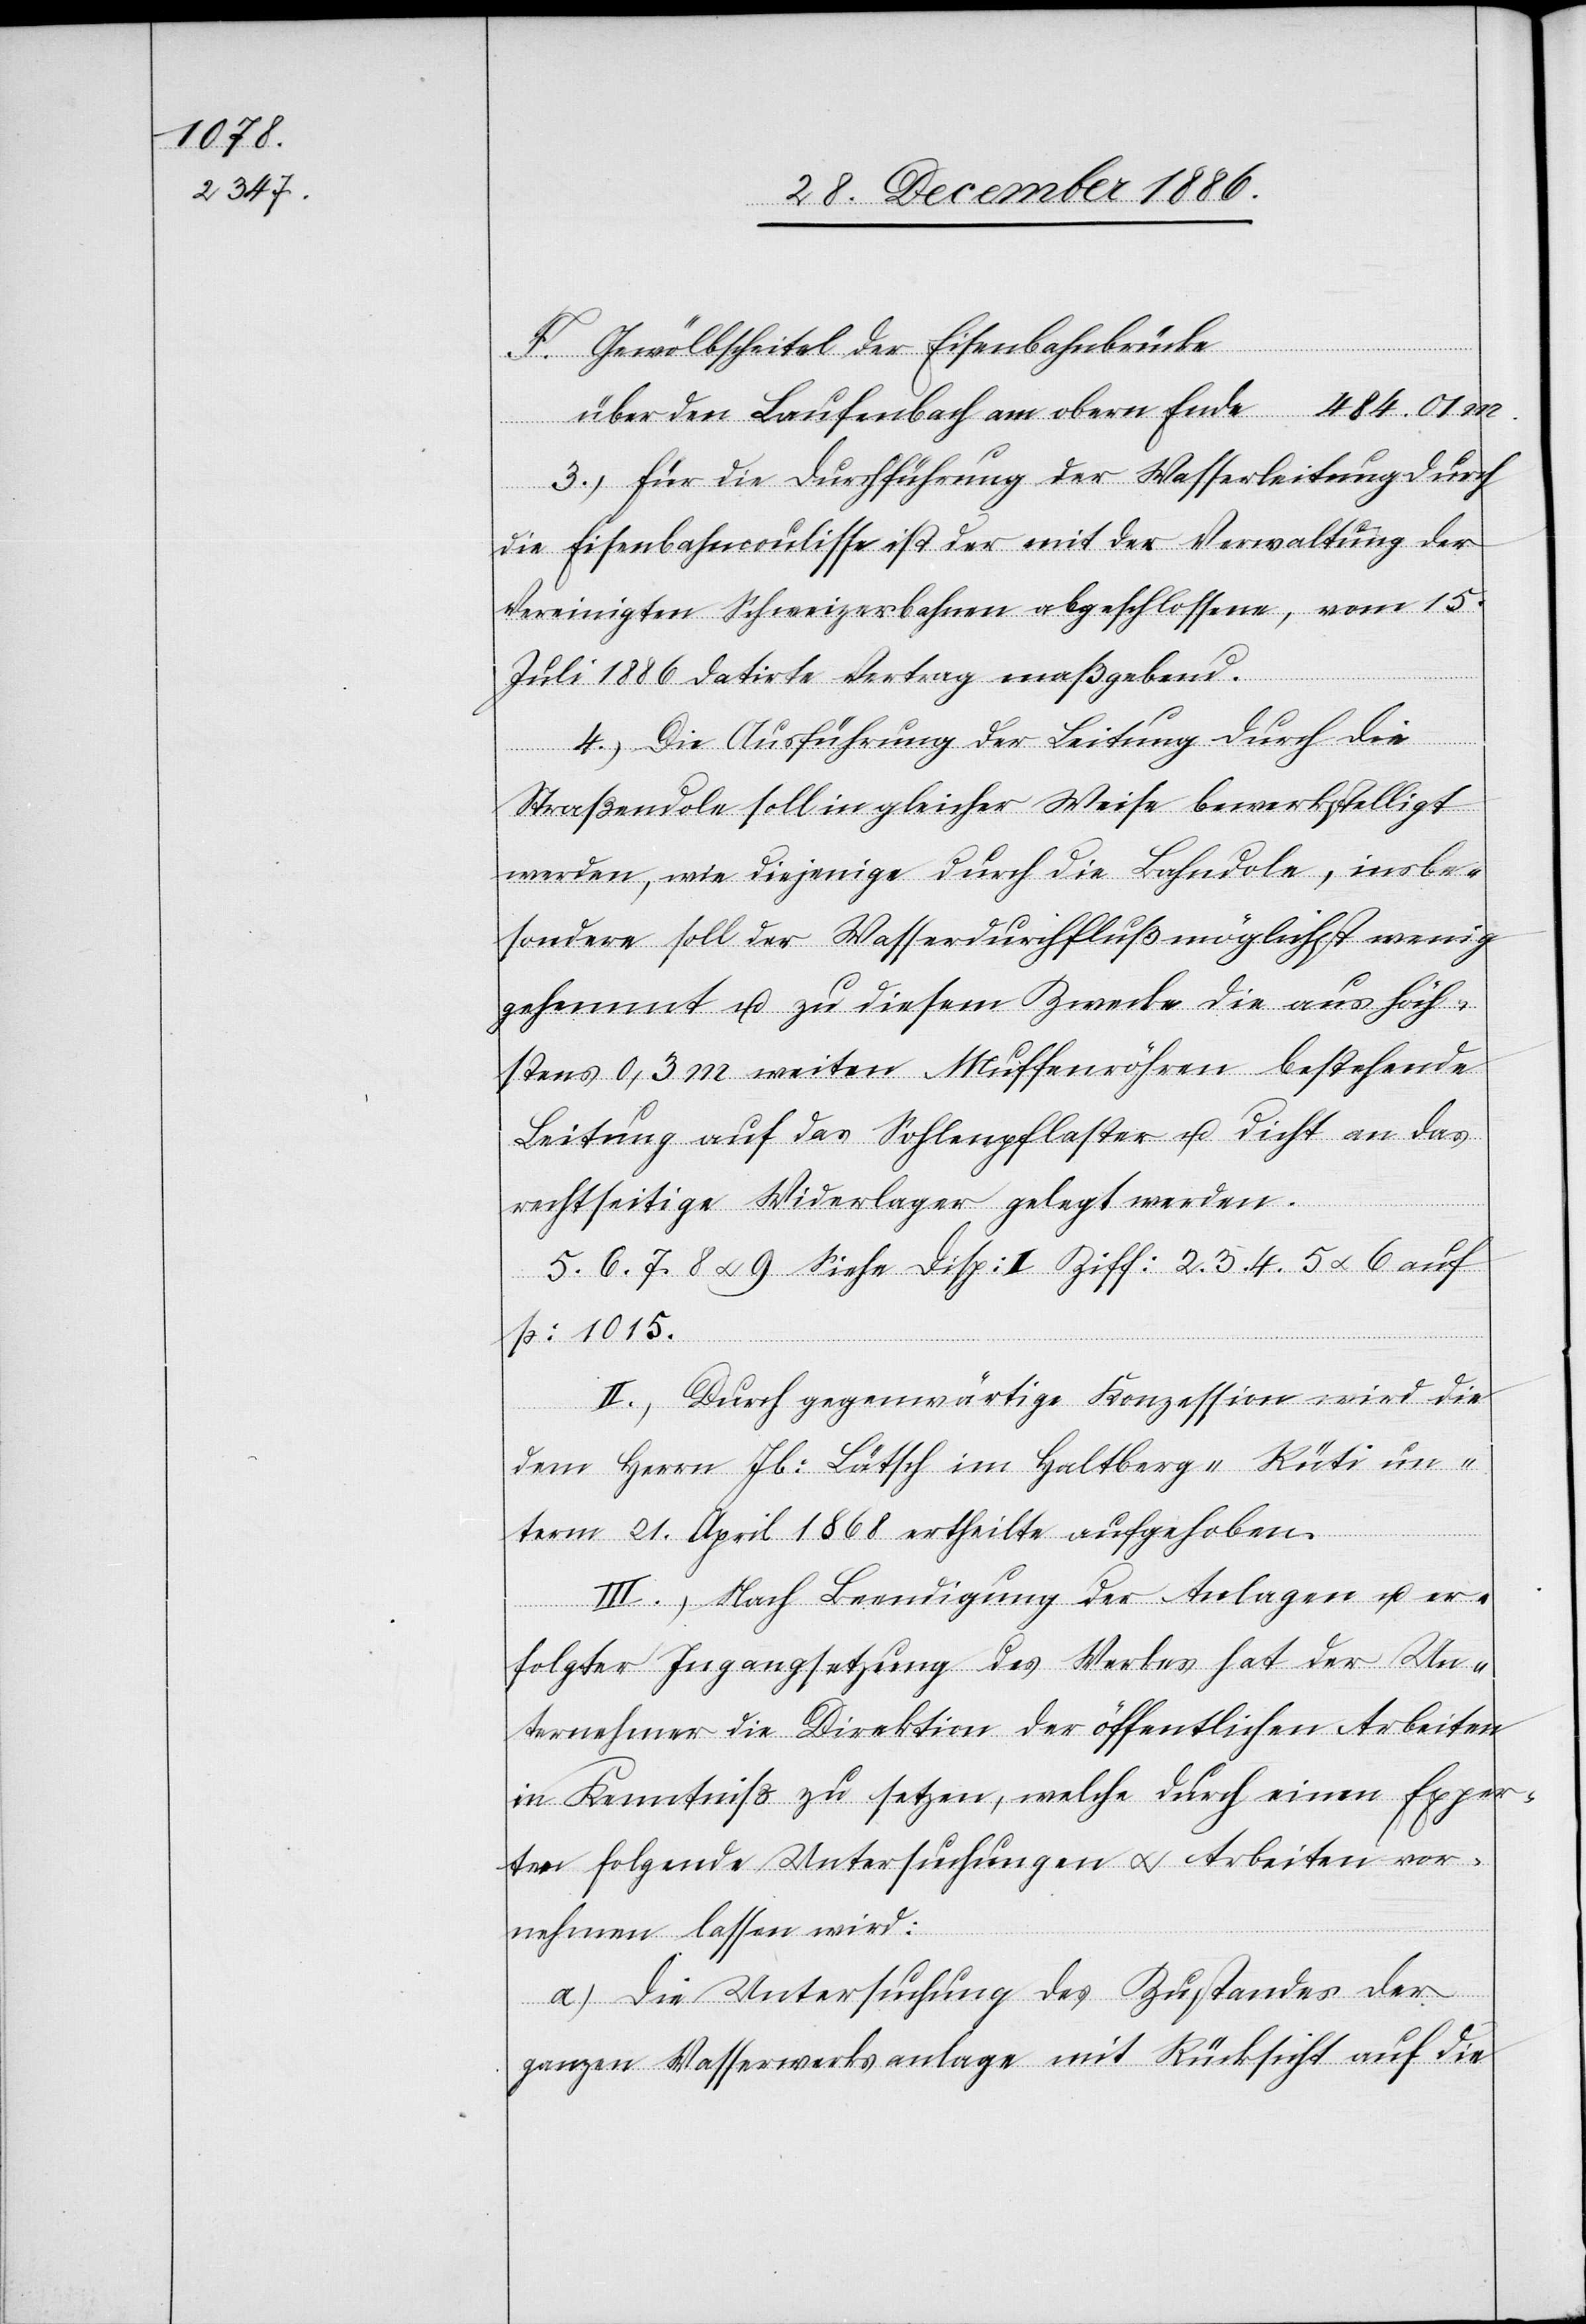
Gewölbscheitel der Eisenbahnbrücke
3.) Für die Durchführung der Wasserleitung durch
die Eisenbahncoulisse ist der mit der Verwaltung der
Vereinigten Schweizerbahnen abgeschlossene, vom 15.
Juli 1886 datirte Vertrag maßgebend.
F.
4.) Die Ausführung der Leitung durch die
Straßendole soll in gleicher Weise bewerkstelligt
werden, wie diejenige durch die Bahndole, insbe¬
sondere soll der Wasserdurchfluß möglichst wenig
gehemmt u. zu diesem Zwecke die aus höch¬
stens 0,3 m weiten Muffenröhren bestehende
Leitung auf das Sohlenpflaster u. dicht an das
rechtseitige Widerlager gelegt werden.
5. 6. 7. 8 & 9 Siehe Disp: II Ziff: 2. 3. 4. 5 & 6 auf
p. 1015.
II.) Durch gegenwärtige Konzession wird die
dem Herrn Jb: Bätsch im Haltberg - Rüti un¬
obern
term 21. April 1868 ertheilte aufgehoben.
III.) Nach Beendigung der Anlagen u. er¬
folgter Ingangsetzung des Werkes hat der Un¬
ternehmer die Direktion der öffentlichen Arbeiten
in Kenntniß zu setzen, welche durch einen Exper¬
ten folgende Untersuchungen & Arbeiten vor¬
nehmen lassen wird:
a.) Die Untersuchung des Zustandes der
ganzen Wasserwerksanlage mit Rücksicht auf die